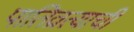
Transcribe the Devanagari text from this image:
पातिव्रत्याची